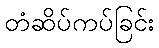
တံဆိပ်ကပ်ခြင်း